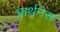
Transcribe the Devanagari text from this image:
प्रार्थनेस